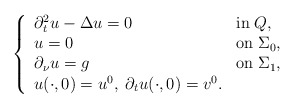
\begin{align*}\left\{\begin{array}{lll}\partial _t^2 u - \Delta u = 0 \;\; &\textrm{in}\; Q, \\u = 0 &\textrm{on}\; \Sigma _0, \\\partial _\nu u =g &\textrm{on}\; \Sigma _1, \\u(\cdot ,0) = u^0,\; \partial_t u (\cdot ,0) = v^0.\end{array}\right.\end{align*}